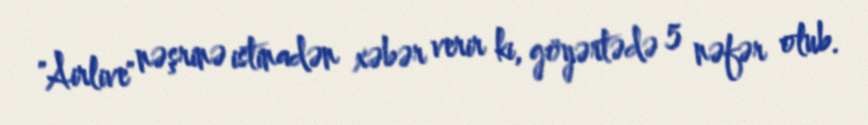
"Airlive" nəşrinə istinadən xəbər verir ki, göyərtədə 5 nəfər olub.